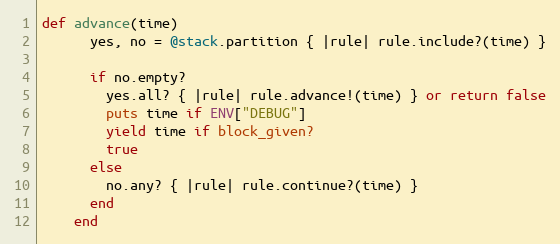
Language: Ruby
def advance(time)
      yes, no = @stack.partition { |rule| rule.include?(time) }

      if no.empty?
        yes.all? { |rule| rule.advance!(time) } or return false
        puts time if ENV["DEBUG"]
        yield time if block_given?
        true
      else
        no.any? { |rule| rule.continue?(time) }
      end
    end